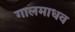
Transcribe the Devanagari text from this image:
गालमाधव